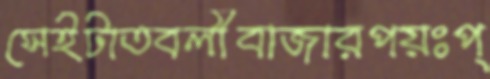
সেইটাতবলীবাজারপয়ঃপ্